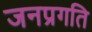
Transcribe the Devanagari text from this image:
जनप्रगति